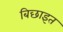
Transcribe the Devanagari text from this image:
बिछाइत